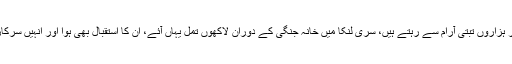
یہاں دلائی لاما اور ہزاروں تبتی آرام سے رہتے ہیں، سری لنکا میں خانہ جنگی کے دوران لاکھوں تمل یہاں آئے، ان کا استقبال بھی ہوا اور انہیں سرکاری امداد بھی ملی۔